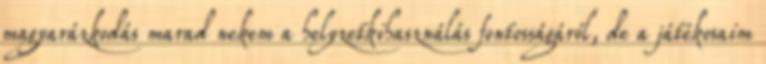
magyarázkodás marad nekem a helyzetkihasználás fontosságáról, de a játékosaim